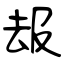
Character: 叝